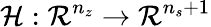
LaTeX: \mathcal{H}:\mathcal{R}^{n_{z}}\rightarrow\mathcal{R}^{n_{s}+1}